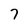
Character: 7